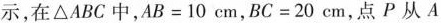
示,在△ABC中,$$A B = 1 0 c m$$,$$B C = 2 0 c m$$,点 P 从 A